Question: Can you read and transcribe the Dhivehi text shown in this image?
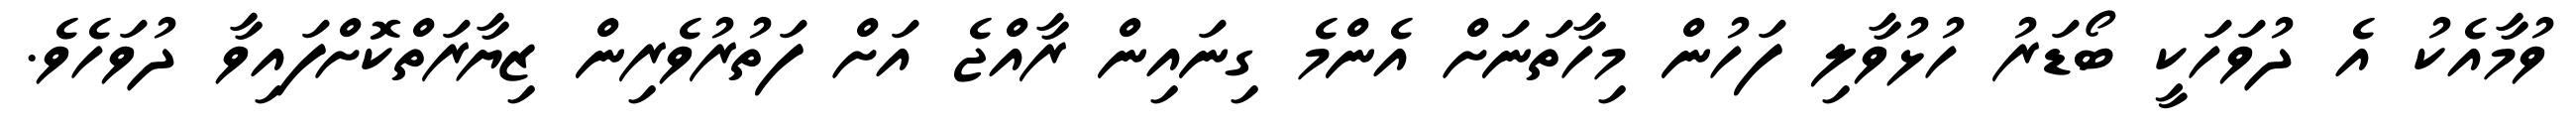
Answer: ވުމާއެކު އެ ދުވަހަކީ ބޯޑަރު ހުޅުވާލި ފަހުން މިހާތަނަށް އެންމެ ގިނައިން ރާއްޖެ އަށް ފަތުރުވެރިން ޒިޔާރަތްކޮށްފައިވާ ދުވަހެވެ.